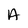
Character: A